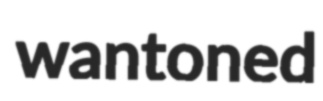
wantoned